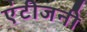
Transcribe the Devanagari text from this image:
एंटीजनी